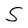
Character: S